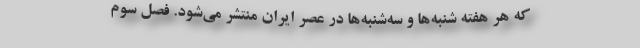
که هر هفته شنبه‌ها و سه‌شنبه‌ها در عصر ایران منتشر می‌شود. فصل سوم